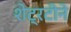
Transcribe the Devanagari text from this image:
शेट्रटीने